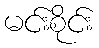
မင်းစိုင်း